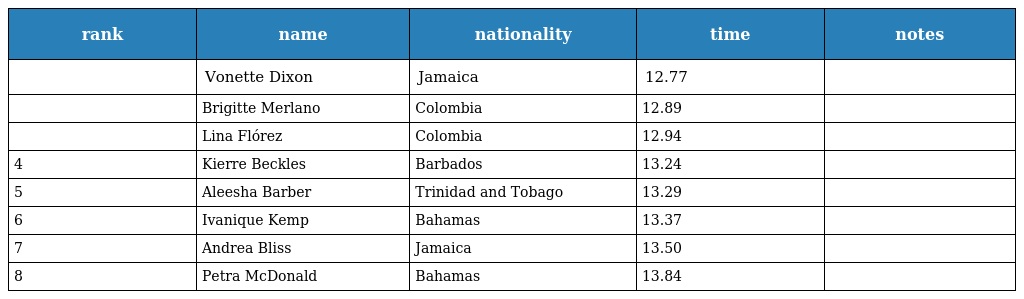
| rank | name | nationality | time | notes |
 | --- | --- | --- | --- | --- |
 |  | Vonette Dixon | Jamaica | 12.77 |  |
 |  | Brigitte Merlano | Colombia | 12.89 |  |
 |  | Lina Flórez | Colombia | 12.94 |  |
 | 4 | Kierre Beckles | Barbados | 13.24 |  |
 | 5 | Aleesha Barber | Trinidad and Tobago | 13.29 |  |
 | 6 | Ivanique Kemp | Bahamas | 13.37 |  |
 | 7 | Andrea Bliss | Jamaica | 13.50 |  |
 | 8 | Petra McDonald | Bahamas | 13.84 |  |